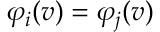
\varphi _ { i } ( v ) = \varphi _ { j } ( v )